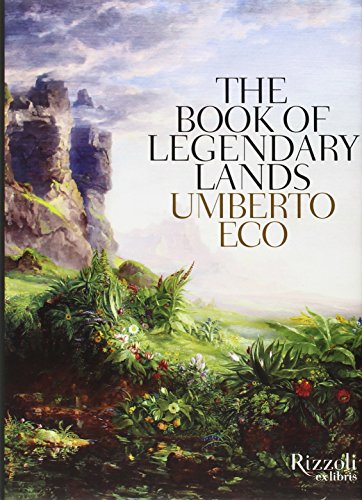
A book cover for The Book of Legendary Lands; Umberto Eco; Literature & Fiction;